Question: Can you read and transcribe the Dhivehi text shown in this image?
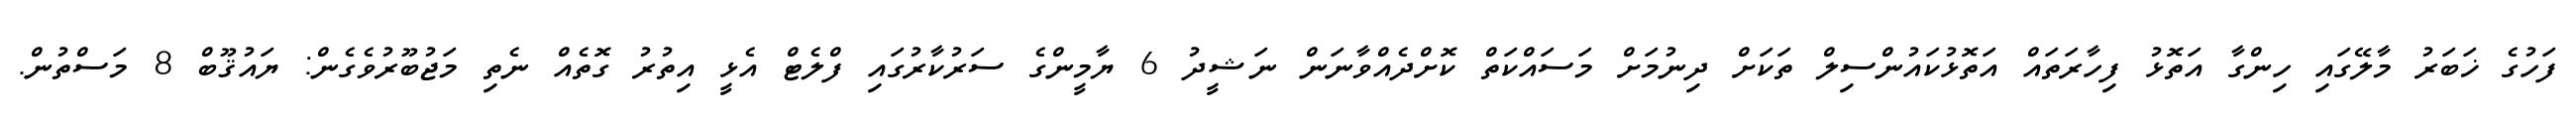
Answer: ފަހުގެ ޚަބަރު މާލޭގައި ހިންގާ އަތޮޅު ފިހާރަތައް އަތޮޅުކައުންސިލް ތަކަށް ދިނުމަށް މަސައްކަތް ކޮށްދެއްވާނަން ނަޝީދު 6 ޔާމީންގެ ސަރުކާރުގައި ފްލެޓް އެޅީ އިތުރު ގޮތެއް ނެތި މަޖުބޫރުވެގެން: ޔައުޤޫބް 8 މަސްތުން.